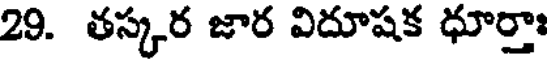
29. తస్కర జార విదూషక ధూర్తాః